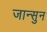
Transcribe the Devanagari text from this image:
जान्सुन